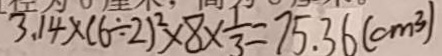
3 . 1 4 \times ( 6 \div 2 ) ^ { 2 } \times 8 \times \frac { 1 } { 3 } = 7 5 . 3 6 ( c m ^ { 3 } )